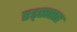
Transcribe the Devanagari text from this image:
एड्ससह